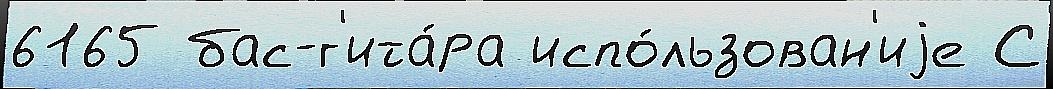
6165 бас-г'ита́ра испо́льзован'иjе С